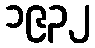
၁၉၃၂